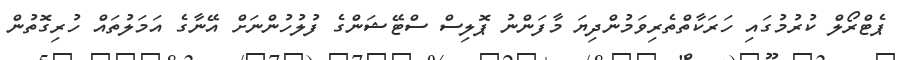
ޕެޓްރޯލް ކުރުމުގައި ހަރަކާތްތެރިވަމުންދިޔަ މާފަންނު ޕޮލިސް ސްޓޭޝަންގެ ފުލުހުންނަށް އޭނާގެ އަމަލުތައް ހުރިގޮތުން